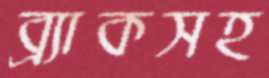
ব্র্যাকসহ